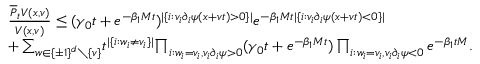
\begin{array} { r l } & { \frac { \overline { { P } } _ { t } V ( x , v ) } { V ( x , v ) } \leq ( \gamma _ { 0 } t + e ^ { - \beta _ { 1 } M t } ) ^ { \lvert \{ i : v _ { i } \partial _ { i } \psi ( x + v t ) > 0 \} \rvert } e ^ { - \beta _ { 1 } M t \lvert \{ i : v _ { i } \partial _ { i } \psi ( x + v t ) < 0 \} \rvert } } \\ & { + \sum _ { w \in \{ \pm 1 \} ^ { d } \setminus \{ v \} } \! t ^ { | \{ i : w _ { i } \neq v _ { i } \} | } \! \prod _ { i : w _ { i } = v _ { i } , v _ { i } \partial _ { i } \psi > 0 } ( \gamma _ { 0 } t + e ^ { - \beta _ { 1 } M t } ) \prod _ { i : w _ { i } = v _ { i } , v _ { i } \partial _ { i } \psi < 0 } e ^ { - \beta _ { 1 } t M } . } \end{array}